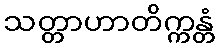
သတ္တာဟာတိက္ကန္တံ